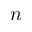
n